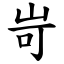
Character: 岢